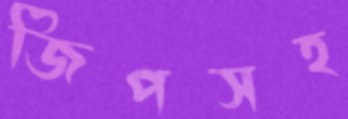
জিপসহ